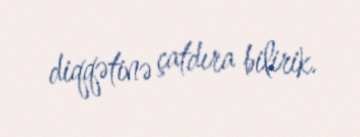
diqqətinə çatdıra bilirik.